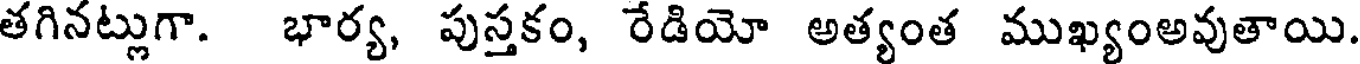
తగినట్లుగా. భార్య, పుస్తకం, రేడియో అత్యంత ముఖ్యంఅవుతాయి.